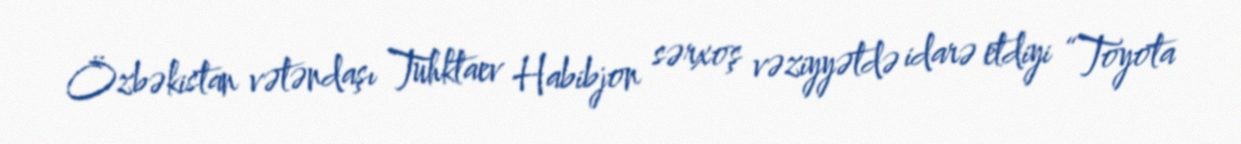
Özbəkistan vətəndaşı Tuhktaev Habibjon sərxoş vəziyyətdə idarə etdiyi “Toyota